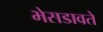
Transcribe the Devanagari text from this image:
भेसडावते